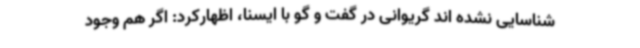
شناسایی نشده اند گریوانی در گفت و گو با ایسنا، اظهارکرد: اگر هم وجود